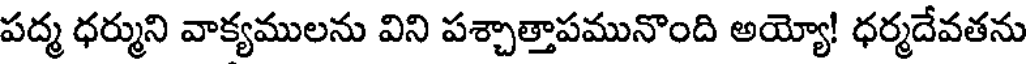
పద్మ ధర్ముని వాక్యములను విని పశ్చాత్తాపమునొంది అయ్యో! ధర్మదేవతను